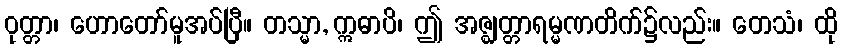
ဝုတ္တာ၊ ဟောတော်မူအပ်ပြီ။ တသ္မာ, ဣဓာပိ၊ ဤ အဇ္ဈတ္တာရမ္မဏတိက်၌လည်း။ တေသံ၊ ထို